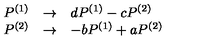
\begin{array} { r c l } { P ^ { ( 1 ) } } & { \rightarrow } & { d P ^ { ( 1 ) } - c P ^ { ( 2 ) } } \\ { P ^ { ( 2 ) } } & { \rightarrow } & { - b P ^ { ( 1 ) } + a P ^ { ( 2 ) } } \\ \end{array}